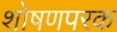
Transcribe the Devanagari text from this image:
शोषणपरक